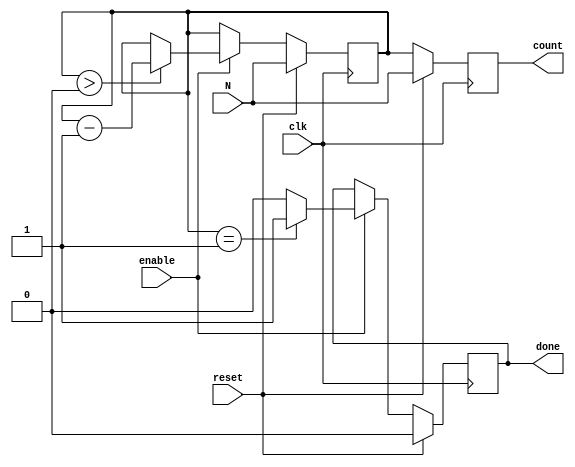
module down_counter #(
    parameter WIDTH = 8  // Width for the counter (can be modified per requirements)
)(
    input wire clk,        // Clock signal
    input wire reset,      // Synchronous reset signal
    input wire enable,     // Enable signal for counting
    input wire [WIDTH-1:0] N, // Initial value for the counter
    output reg [WIDTH-1:0] count, // Current count value
    output reg done        // Indicates when the count reaches zero
);

// Internal register to hold the count value
reg [WIDTH-1:0] current_count;

// Synchronous behavior on the rising edge of clk
always @(posedge clk) begin
    if (reset) begin
        // Reset current_count to the initial value N
        current_count <= N;
        done <= 0; // Reset done signal
    end else if (enable) begin
        // Decrement the current count if not already at zero
        if (current_count > 0) begin
            current_count <= current_count - 1;
        end
        // Assert done signal when counting down to zero
        if (current_count == 1) begin
            done <= 1; // Assert done signal
        end else begin
            done <= 0; // Clear done signal if not zero
        end
    end
end

// Assign the current count to the output
always @(posedge clk) begin
    if (reset) begin
        count <= N; // On reset, assign N to count
    end else begin
        count <= current_count; // Update count with current_count
    end
end

endmodule